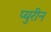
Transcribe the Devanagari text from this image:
प्युरीन